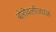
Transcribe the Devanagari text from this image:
बोरीवलीजवळ